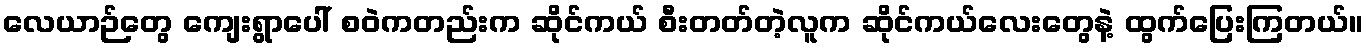
လေယာဉ်တွေ ကျေးရွာပေါ် စဝဲကတည်းက ဆိုင်ကယ် စီးတတ်တဲ့လူက ဆိုင်ကယ်လေးတွေနဲ့ ထွက်ပြေးကြတယ်။